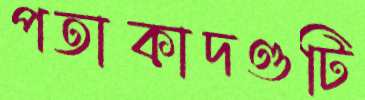
পতাকাদণ্ডটি